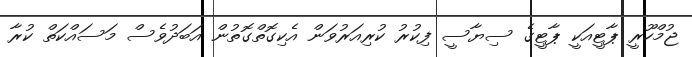
ޖުމްހޫރީ ޕާޓީއަކީ ޕާޓީގެ ސިޔާސީ ފިކުރު ކުރިއަރުވަން އެކިގޮތްގޮތުން އަބަދުވެސް މަސައްކަތް ކުރާ